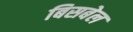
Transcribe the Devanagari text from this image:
बिसबेल